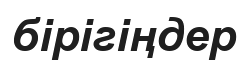
бірігіңдер